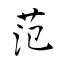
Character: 范